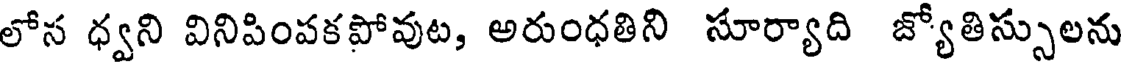
లోన ధ్వని వినిపింపకపోవుట, అరుంధతిని సూర్యాది జ్యోతిస్సులను